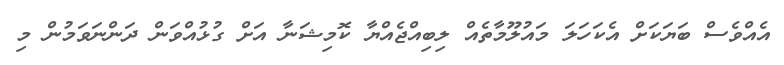
އެއްވެސް ބަޔަކަށް އެކަހަލަ މައުލޫމާތެއް ލިބިއްޖެއްޔާ ކޮމިޝަނާ އަށް ގުޅުއްވަން ދަންނަވަމުން މި